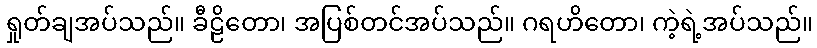
ရှုတ်ချအပ်သည်။ ခီဠိတော၊ အပြစ်တင်အပ်သည်။ ဂရဟိတော၊ ကဲ့ရဲ့အပ်သည်။